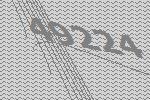
49224